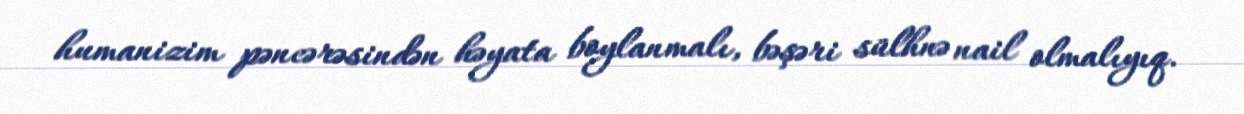
humanizim pəncərəsindən həyata boylanmalı, bəşəri sülhnə nail olmalıyıq.